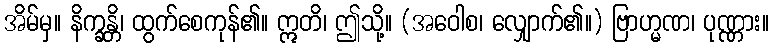
အိမ်မှ။ နိက္ခန္တိ၊ ထွက်စေကုန်၏။ ဣတိ၊ ဤသို့။ (အဝေါစ၊ လျှောက်၏။) ဗြာဟ္မဏ၊ ပုဏ္ဏား။